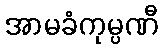
အာမခံကုမ္ပဏီ